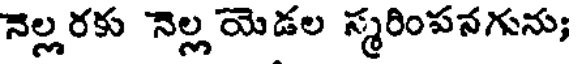
నెల్లరకు నెల్ల యెడల స్మరింపనగును;